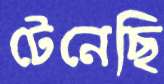
টেনেছি